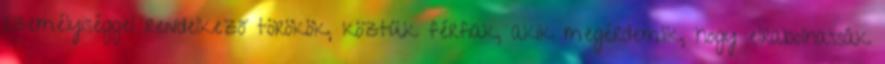
személyiséggel rendelkező törökök, köztük férfiak, akik megérdemlik, hogy elrabolhassák